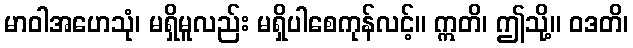
မာဝါအဟေသုံ၊ မရှိမူလည်း မရှိပါစေကုန်လင့်။ ဣတိ၊ ဤသို့။ ဝဒတိ၊